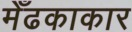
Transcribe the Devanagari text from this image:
मेँढकाकार